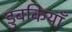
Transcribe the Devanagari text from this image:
डुबकियाँ